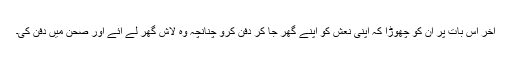
آخر اس بات پر ان کو چھوڑا کہ اپنی نعش کو اپنے گھر جا کر دفن کرو چنانچہ وہ لاش گھر لے آئے اور صحن میں دفن کی۔